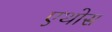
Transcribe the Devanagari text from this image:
एथोस